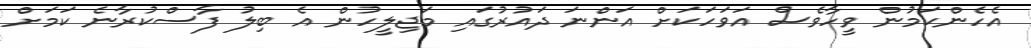
އެހެންކަމުން ވީހާވެސް އަވަހަކަށް އަންނަ ދައުރުގައި މަޖިލީހުން އެ ބިލު ފާސްކުރާނެ ކަމަށް